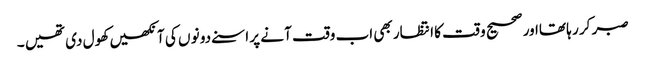
صبر کر ر ہا تھااور صحیح و قت کا انتظار بھی اب وقت آ نے پر اسنے دو نو ں کی آ نکھیں کھو ل دی تھیں ۔